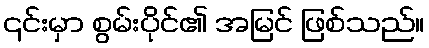
၎င်းမှာ စွမ်းပိုင်၏ အမြင် ဖြစ်သည်။